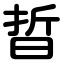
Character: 晢